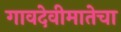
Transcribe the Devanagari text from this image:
गावदेवीमातेचा